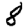
Digit: 8